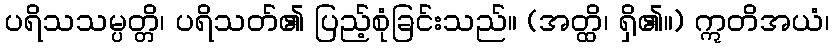
ပရိသသမ္ပတ္တိ၊ ပရိသတ်၏ ပြည့်စုံခြင်းသည်။ (အတ္ထိ၊ ရှိ၏။) ဣတိအယံ၊